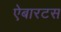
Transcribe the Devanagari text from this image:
ऐबारटस